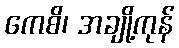
ကေစိ၊ အချို့ကုန်